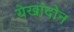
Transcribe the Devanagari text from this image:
येखांदोन